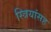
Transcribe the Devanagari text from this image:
स्त्रियांसह